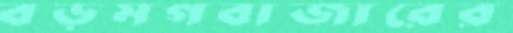
বড়মগবাজারের